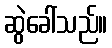
ဆွဲခေါ်သည်။